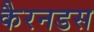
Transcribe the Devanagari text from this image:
कैरनडस